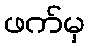
ဖက်မှ